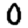
Digit: 0